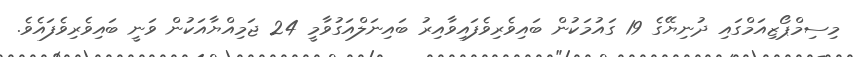
މިސިމްޕޯޒިއަމްގައި ދުނިޔޭގެ 19 ގައުމަކުން ބައިވެރިވެފައިވާއިރު ބައިނަލްއަގުވާމީ 24 ޖަމިއްޔާއަކުން ވަނީ ބައިވެރިވެފައެވެ.